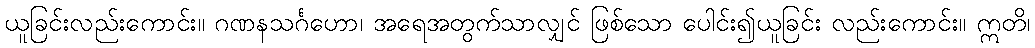
ယူခြင်းလည်းကောင်း။ ဂဏနသင်္ဂဟော၊ အရေအတွက်သာလျှင် ဖြစ်သော ပေါင်း၍ယူခြင်း လည်းကောင်း။ ဣတိ၊